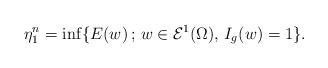
LaTeX: \begin{align*} \eta_1^{n} = \inf \{ E (w) \, ; \, w \in \mathcal E^1 (\Omega), \, I_g (w) = 1\}. \end{align*}